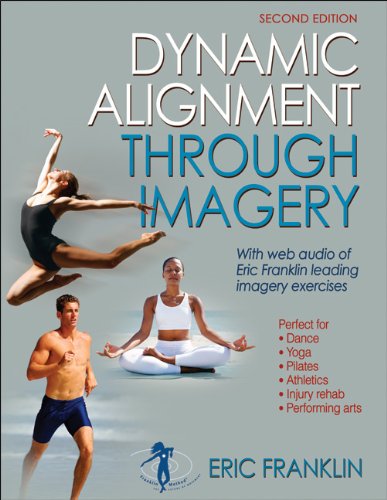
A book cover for Dynamic Alignment Through Imagery - 2nd Edition; Eric Franklin; Humor & Entertainment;